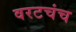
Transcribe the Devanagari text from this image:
वरटचंच